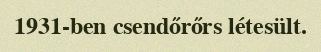
1931-ben csendőrőrs létesült.